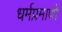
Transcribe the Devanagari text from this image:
धर्मप्रमाणों